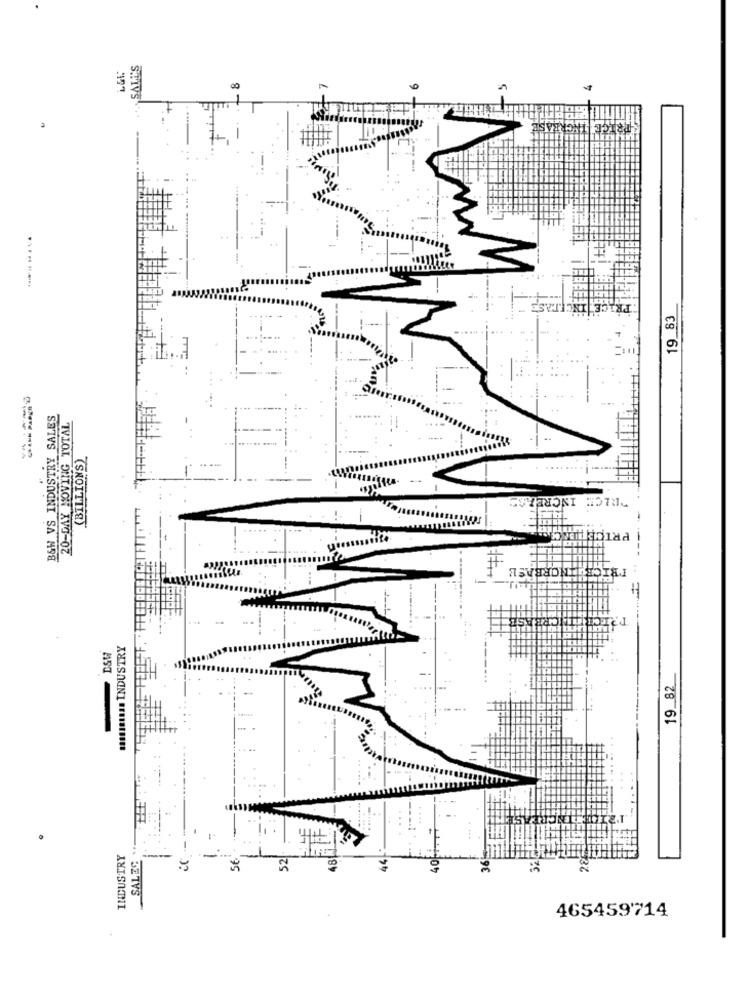
SALL'S
8
PRICE INCREASE
19 83
B&W VS INDUSTRY SALES
20-DAY MOVING TOTAL
(BILLIONS)
INCREASE
PRIC
#
D&W
MASINI840 INDUSTRY
19_82
.
SALES .
INDUSTRY
ic
56
52
365
28
465459714